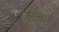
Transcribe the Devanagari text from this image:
ज़ज़्बा